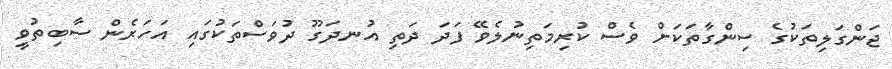
ޖަންގަލިތަކުގެ ސިންގާތަކަށް ވެސް ކުރިމަތިނުލެވޭ ފަދަ ދަތި އުނދަގޫ ދުވަސްތަކުގައި އަހަރެން ސާބިތުވީ